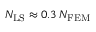
N _ { \mathrm { L S } } \approx 0 . 3 \: N _ { \mathrm { F E M } }